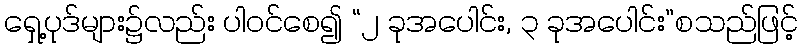
ရှေ့ပုဒ်များ၌လည်း ပါဝင်စေ၍ “၂ ခုအပေါင်း, ၃ ခုအပေါင်း”စသည်ဖြင့်